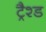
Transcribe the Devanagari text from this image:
ट्रैश्ड